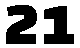
21